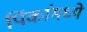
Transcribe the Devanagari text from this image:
पिंकांमध्ये